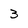
Character: 3